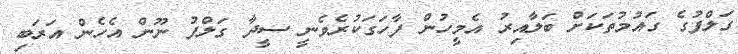
ގަލްފުގެ ގައުމުތަކަށް ބަލާއިރު އެމީހުން ފާހަގަކުރެވެނީ ސީދާ ގަލްފު ނޫން އެހެން އަރަބި